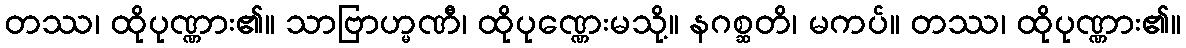
တဿ၊ ထိုပုဏ္ဏား၏။ သာဗြာဟ္မဏီ၊ ထိုပုဏ္ဏေးမသို့။ နဂစ္ဆတိ၊ မကပ်။ တဿ၊ ထိုပုဏ္ဏား၏။